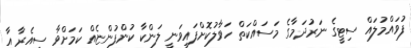
ފުވައްމުލައް ސިޓީގެ ނަރުދަމާގެ މަސައްކަތް ހަވާލުކޮށްފައިވަނީ ލަންކާ ކުންފުންޏެއް ކަމަށްވާ ސިއެރާ އާ